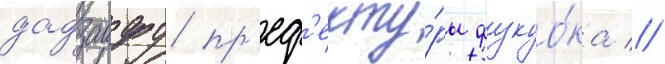
дадзаифу пр'еф'екту́ры фукуо́ка //